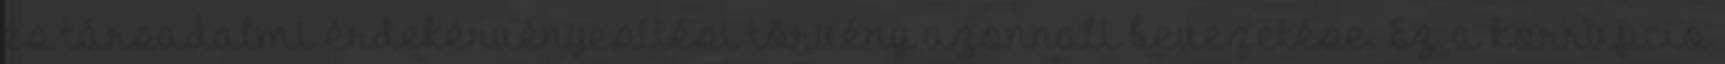
és társadalmi érdekérvényesítési törvény azonnali bevezetése. Ez a korrupció